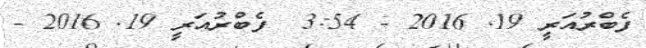
ފެބްރުއަރީ 19